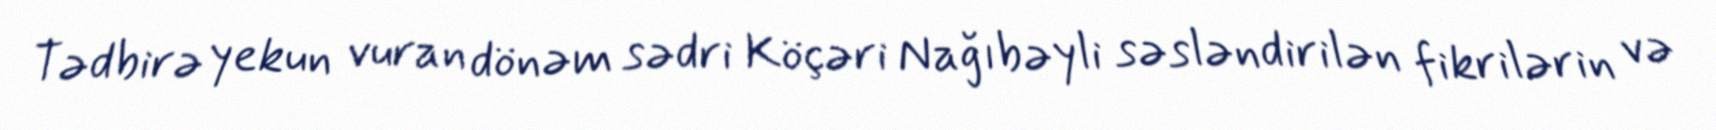
Tədbirə yekun vuran dönəm sədri Köçəri Nağıbəyli səsləndirilən fikrilərin və